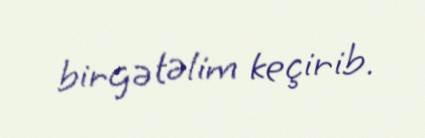
birgə təlim keçirib.